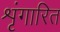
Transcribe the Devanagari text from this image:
शृंगारित